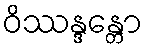
ဝိဿန္ဒန္တော